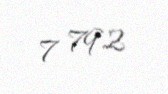
7 792